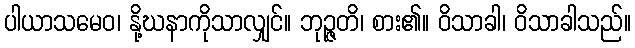
ပါယာသမေဝ၊ နို့ဃနာကိုသာလျှင်။ ဘုဉ္ဇတိ၊ စား၏။ ဝိသာခါ၊ ဝိသာခါသည်။